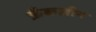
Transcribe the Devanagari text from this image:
फ्रँकलीन